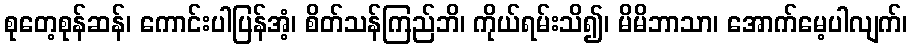
စုတေ့စုန်ဆန်၊ ကောင်းပါပြန်အံ့၊ စိတ်သန်ကြည်ဘိ၊ ကိုယ်ရမ်းသိ၍၊ မိမိဘာသာ၊ အောက်မေ့ပါလျက်၊